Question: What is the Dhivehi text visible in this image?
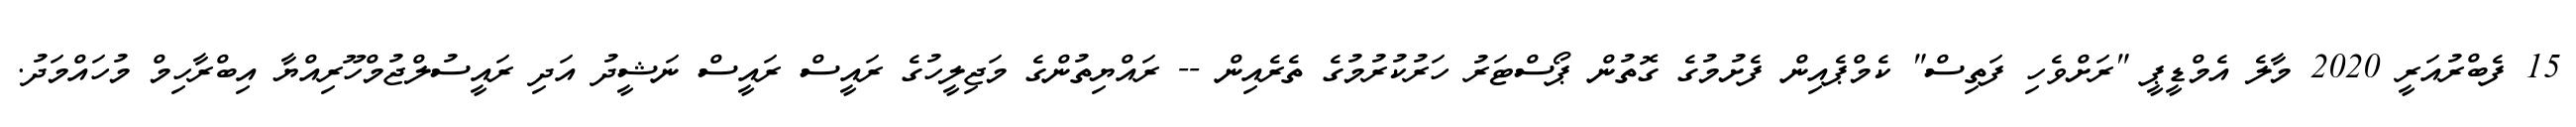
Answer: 15 ފެބްރުއަރީ 2020 މާލެ އެމްޑީޕީ "ރަށްވެހި ފަތިސް" ކެމްޕެއިން ފެށުމުގެ ގޮތުން ޕޯސްޓަރު ހަރުކުރުމުގެ ތެރެއިން -- ރައްޔިތުންގެ މަޖިލީހުގެ ރައީސް ރައީސް ނަޝީދު އަދި ރައީސުލްޖުމްހޫރިއްޔާ އިބްރާހިމް މުހައްމަދު.